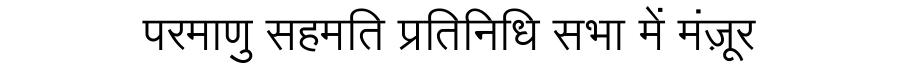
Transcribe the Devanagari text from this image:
परमाणु सहमति प्रतिनिधि सभा में मंज़ूर